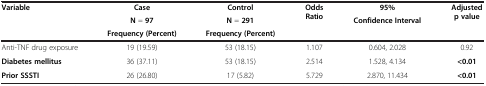
<table><thead><tr><td rowspan="3"><b>Variable</b></td><td><b>Case</b></td><td><b>Control</b></td><td rowspan="3"><b>Odds Ratio</b></td><td><b>95%</b></td><td rowspan="3"><b>Adjusted p value</b></td></tr><tr><td><b>N = 97</b></td><td><b>N = 291</b></td><td rowspan="2"><b>Confidence Interval</b></td></tr><tr><td><b>Frequency (Percent)</b></td><td><b>Frequency (Percent)</b></td></tr></thead><tbody><tr><td>Anti-TNF drug exposure</td><td>19 (19.59)</td><td>53 (18.15)</td><td>1.107</td><td>0.604, 2.028</td><td>0.92</td></tr><tr><td><b>Diabetes mellitus</b></td><td>36 (37.11)</td><td>53 (18.15)</td><td>2.514</td><td>1.528, 4.134</td><td><b>&lt;0.01</b></td></tr><tr><td><b>Prior SSSTI</b></td><td>26 (26.80)</td><td>17 (5.82)</td><td>5.729</td><td>2.870, 11.434</td><td><b>&lt;0.01</b></td></tr></tbody></table>